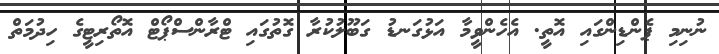
ނުނިމި ޕެންޑިންގައި އޮތީ. އެހެންވީމާ އަޅުގަނޑު ގަބޫލުކުރާ ގޮތުގައި ޓްރާންސްޕޯޓް އޮތޯރިޓީގެ ހިދުމަތް